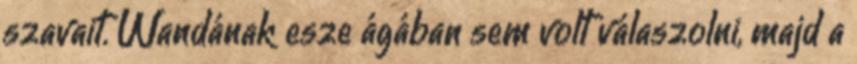
szavait. Wandának esze ágában sem volt válaszolni, majd a